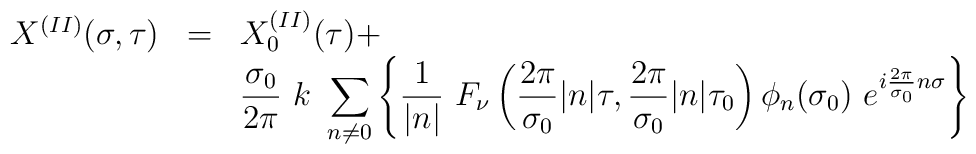
\begin{array}{lcl}X^{(II)}(\sigma, \tau) & = &{\displaystyle X_0^{(II)}( \tau) + }\\& & {\displaystyle\frac{\sigma_0}{2\pi}~ k~  \sum_{n \neq 0}^{} \left\{ \frac{1}{|n|} ~F_{\nu}\left( \frac{2\pi}{\sigma_0} |n| \tau ,\frac{2\pi}{\sigma_0} |n|\tau_0 \right) \phi_n(\sigma_0)~e^{i\frac{2\pi}{\sigma_0} n\sigma} \right\} }\end{array}